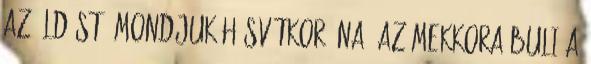
az áldást. Mondjuk húsvétkor. Na, az mekkora buli A